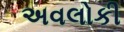
અવલોકી